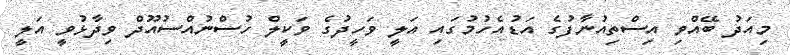
މިއަދު ބޭއްވި އިސްތިއުނާފުގެ އަޑުއެހުމުގައި އަލީ ވަހީދުގެ ވަކީލް ހުސްނުއްސުއޫދް ވިދާޅުވީ އަލީ